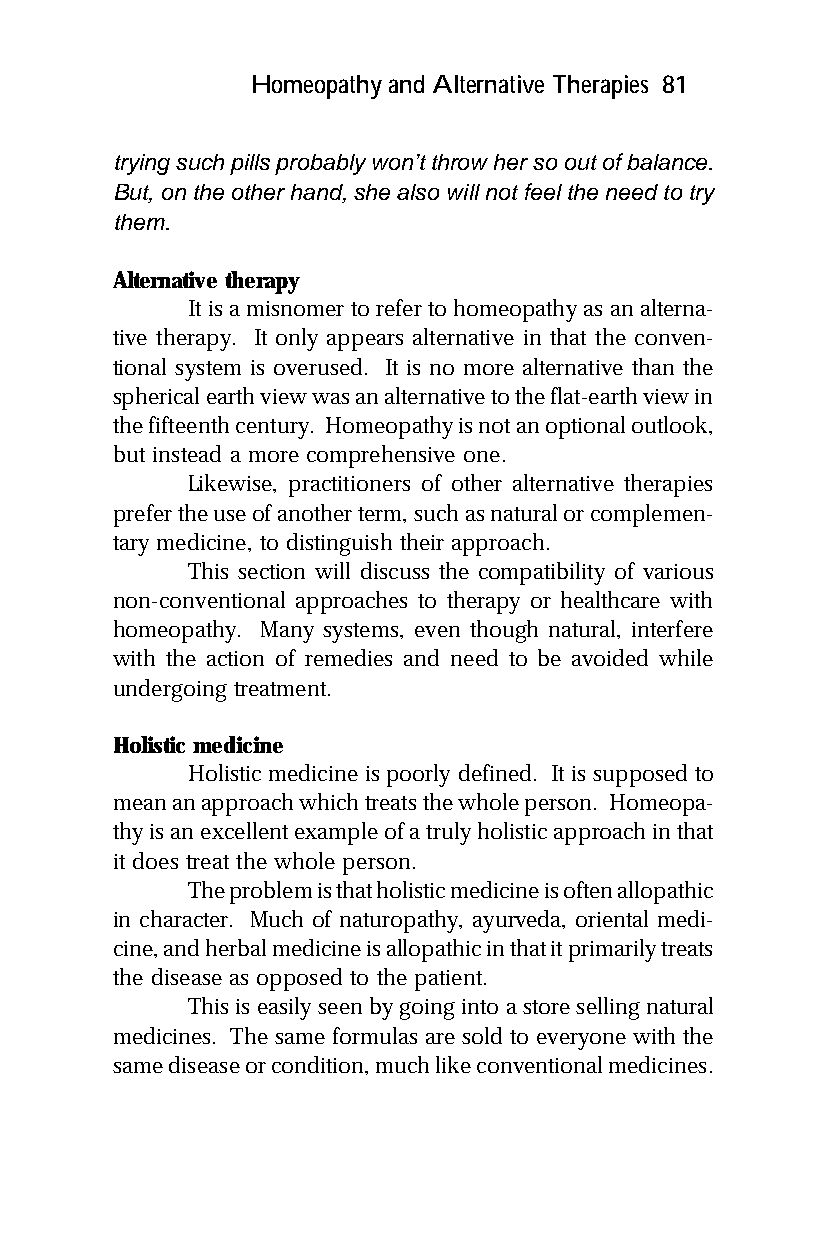
Homeopathy and Alternative Therapies 81
 trying such pills probably won’t throw her so out of balance.
 But, on the other hand, she also will not feel the need to try
 them.
 Alternative therapy
 It is a misnomer to refer to homeopathy as an alterna-
 tive therapy. It only appears alternative in that the conven-
 tional system is overused. It is no more alternative than the
 spherical earth view was an alternative to the flat-earth view in
 the fifteenth century. Homeopathy is not an optional outlook,
 but instead a more comprehensive one.
 Likewise, practitioners of other alternative therapies
 prefer the use of another term, such as natural or complemen-
 tary medicine, to distinguish their approach.
 This section will discuss the compatibility of various
 non-conventional approaches to therapy or healthcare with
 homeopathy. Many systems, even though natural, interfere
 with the action of remedies and need to be avoided while
 undergoing treatment.
 Holistic medicine
 Holistic medicine is poorly defined. It is supposed to
 mean an approach which treats the whole person. Homeopa-
 thy is an excellent example of a truly holistic approach in that
 it does treat the whole person.
 The problem is that holistic medicine is often allopathic
 in character. Much of naturopathy, ayurveda, oriental medi-
 cine, and herbal medicine is allopathic in that it primarily treats
 the disease as opposed to the patient.
 This is easily seen by going into a store selling natural
 medicines. The same formulas are sold to everyone with the
 same disease or condition, much like conventional medicines.